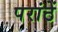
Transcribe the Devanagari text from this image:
परांठें